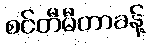
စင်တီမီတာခန့်